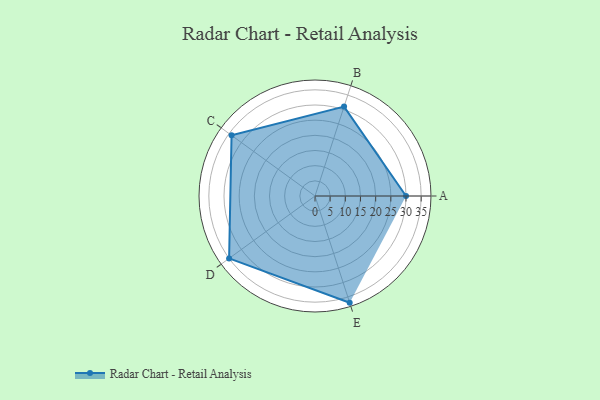
{"axis": {"x": "Skill", "y": "Score"}, "legend": ["Profile"], "data": [{"x": "A", "y": 30.0, "type": "Profile"}, {"x": "B", "y": 31.0, "type": "Profile"}, {"x": "C", "y": 34.0, "type": "Profile"}, {"x": "D", "y": 35.0, "type": "Profile"}, {"x": "E", "y": 37.0, "type": "Profile"}]}